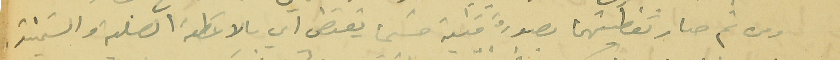
ومن ثم صار تغطيتهما بصورة فنية حسَبما يقتضى اي بالاغطية الصلبة والسَمنتيه.